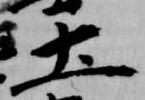
土